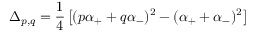
\Delta _ { p , q } = { \frac { 1 } { 4 } } \left[ ( p \alpha _ { + } + q \alpha _ { - } ) ^ { 2 } - ( \alpha _ { + } + \alpha _ { - } ) ^ { 2 } \right]